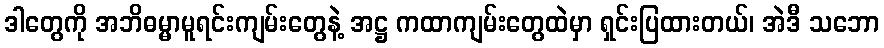
ဒါတွေကို အဘိဓမ္မာမူရင်းကျမ်းတွေနဲ့ အဋ္ဌ ကထာကျမ်းတွေထဲမှာ ရှင်းပြထားတယ်၊ အဲဒီ သဘော